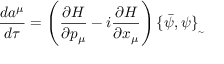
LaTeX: \frac { d a ^ { \mu } } { d \tau } = \left( \frac { \partial H } { \partial p _ { \mu } } - i \frac { \partial H } { \partial x _ { \mu } } \right) \{ \bar { \psi } , \psi \} _ { _ { \sim } }